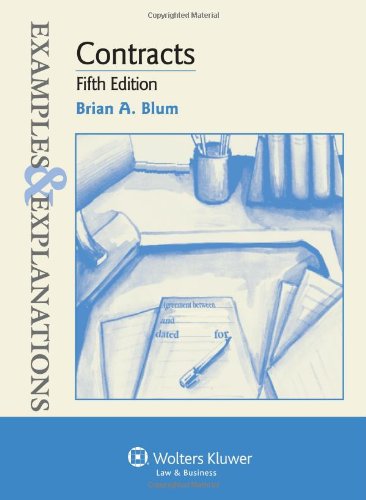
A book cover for Contracts: Examples & Explanations, 5th Edition; Brian A. Blum; Law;